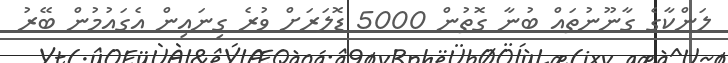
ލަންކާގެ ގާނޫނުތައް ބުނާ ގޮތުން 5000 ޑޮލަރަށް ވުރެ ގިނައިން އެގައުމުން ބޭރު